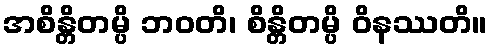
အစိန္တိတမ္ပိ ဘဝတိ၊ စိန္တိတမ္ပိ ဝိနဿတိ။